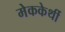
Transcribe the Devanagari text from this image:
मेककेर्थी